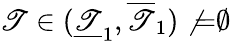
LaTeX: \mathscr{T}\in(\underline{{{\mathscr{T}}}}_{1},\overline{{{\mathscr{T}}}}_{1})\not{=}\emptyset